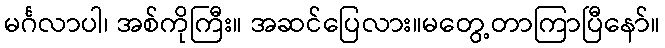
မင်္ဂလာပါ၊ အစ်ကိုကြီး။ အဆင်ပြေလား။မတွေ့တာကြာပြီနော်။